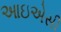
આઇએસી